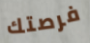
فرصتك